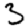
Digit: 3